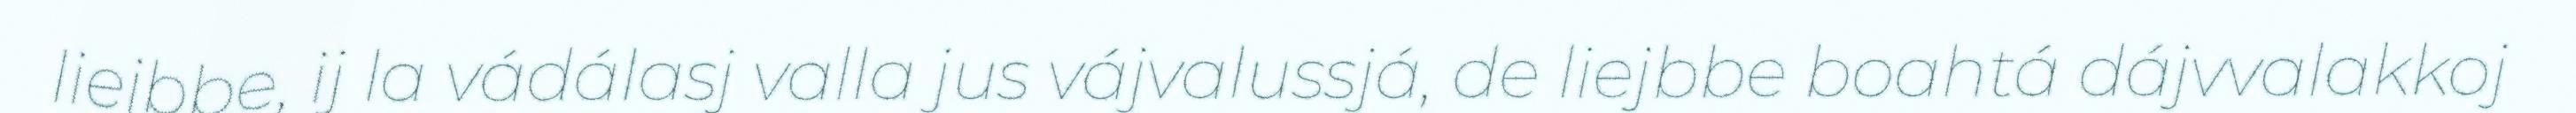
liejbbe, ij la vádálasj valla jus vájvalussjá, de liejbbe boahtá dájvvalakkoj